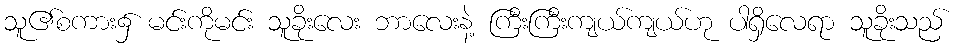
သူ၏စကား၌ မင်းကိုမင်း သူခိုးလေး ဘာလေးနဲ့ ကြီးကြီးကျယ်ကျယ်ဟု ပါရှိလေရာ သူခိုးသည်